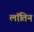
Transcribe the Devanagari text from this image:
लॉतिन